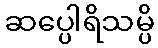
ဆပ္ပေါရိသမ္ပိ